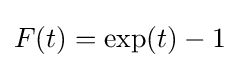
F(t)=\exp(t)-1